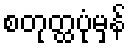
စတုတ္ထပုံမှန်